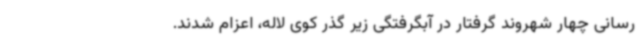
رسانی چهار شهروند گرفتار در آبگرفتگی زیر گذر کوی لاله، اعزام شدند.